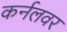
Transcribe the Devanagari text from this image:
कर्नलवर